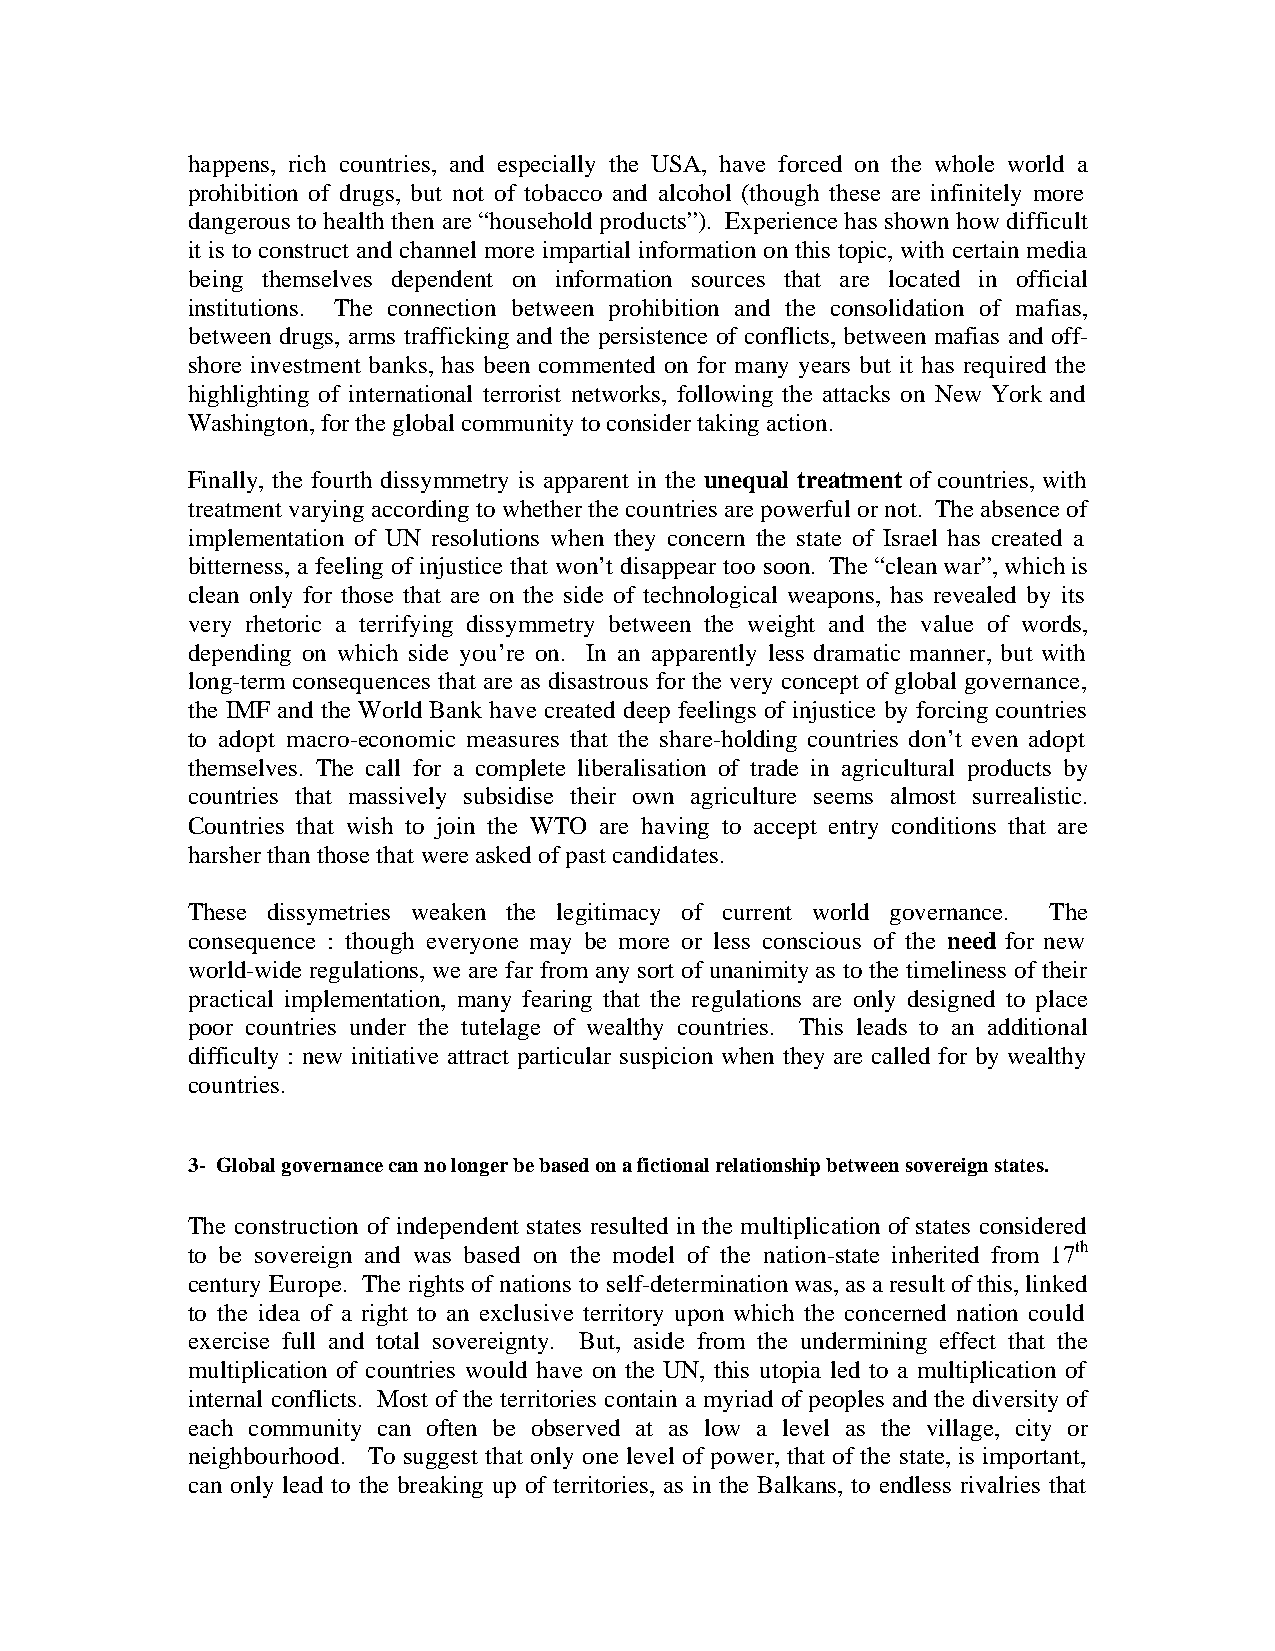
happens, rich countries, and especially the USA, have forced on the whole world a
 prohibition of drugs, but not of tobacco and alcohol (though these are infinitely more
 dangerous to health then are “household products”). Experience has shown how difficult
 it is to construct and channel more impartial information on this topic, with certain media
 being themselves dependent on information sources that are located in official
 institutions. The connection between prohibition and the consolidation of mafias,
 between drugs, arms trafficking and the persistence of conflicts, between mafias and off-
 shore investment banks, has been commented on for many years but it has required the
 highlighting of international terrorist networks, following the attacks on New York and
 Washington, for the global community to consider taking action.
 Finally, the fourth dissymmetry is apparent in the unequal treatment of countries, with
 treatment varying according to whether the countries are powerful or not. The absence of
 implementation of UN resolutions when they concern the state of Israel has created a
 bitterness, a feeling of injustice that won’t disappear too soon. The “clean war”, which is
 clean only for those that are on the side of technological weapons, has revealed by its
 very rhetoric a terrifying dissymmetry between the weight and the value of words,
 depending on which side you’re on. In an apparently less dramatic manner, but with
 long-term consequences that are as disastrous for the very concept of global governance,
 the IMF and the World Bank have created deep feelings of injustice by forcing countries
 to adopt macro-economic measures that the share-holding countries don’t even adopt
 themselves. The call for a complete liberalisation of trade in agricultural products by
 countries that massively subsidise their own agriculture seems almost surrealistic.
 Countries that wish to join the WTO are having to accept entry conditions that are
 harsher than those that were asked of past candidates.
 These dissymetries weaken the legitimacy of current world governance. The
 consequence : though everyone may be more or less conscious of the need for new
 world-wide regulations, we are far from any sort of unanimity as to the timeliness of their
 practical implementation, many fearing that the regulations are only designed to place
 poor countries under the tutelage of wealthy countries. This leads to an additional
 difficulty : new initiative attract particular suspicion when they are called for by wealthy
 countries.
 3- Global governance can no longer be based on a fictional relationship between sovereign states.
 The construction of independent states resulted in the multiplication of states considered
 to be sovereign and was based on the model of the nation-state inherited from 17th
 century Europe. The rights of nations to self-determination was, as a result of this, linked
 to the idea of a right to an exclusive territory upon which the concerned nation could
 exercise full and total sovereignty. But, aside from the undermining effect that the
 multiplication of countries would have on the UN, this utopia led to a multiplication of
 internal conflicts. Most of the territories contain a myriad of peoples and the diversity of
 each community can often be observed at as low a level as the village, city or
 neighbourhood. To suggest that only one level of power, that of the state, is important,
 can only lead to the breaking up of territories, as in the Balkans, to endless rivalries that